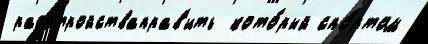
расстройстваправ'ить  кото́рый спо́ртом